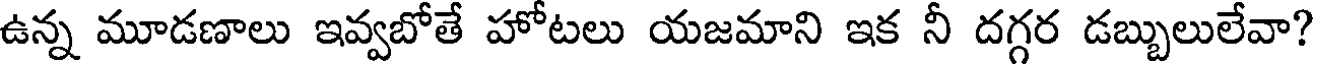
ఉన్న మూడణాలు ఇవ్వబోతే హోటలు యజమాని ఇక నీ దగ్గర డబ్బులులేవా?